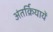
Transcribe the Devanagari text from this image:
अंतर्क्रियायें